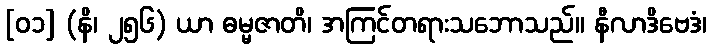
[၀၁] (နိ၊ ၂၅၆) ယာ ဓမ္မဇာတိ၊ အကြင်တရားသဘောသည်။ နီလာဒိဗေဒံ၊